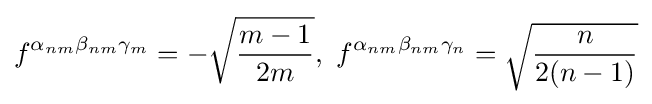
f^{\alpha _{nm}\beta _{nm}\gamma _{m}}=-{\sqrt {\frac {m-1}{2m}}},~f^{\alpha _{nm}\beta _{nm}\gamma _{n}}={\sqrt {\frac {n}{2(n-1)}}}